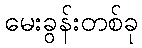
မေးခွန်းတစ်ခု